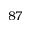
8 7